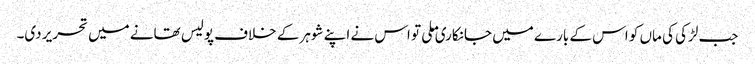
جب لڑکی کی ماں کو اس کے بارے میں جانکاری ملی تو اس نے اپنے شوہر کے خلاف پولیس تھانے میں تحریر دی۔